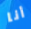
أنا